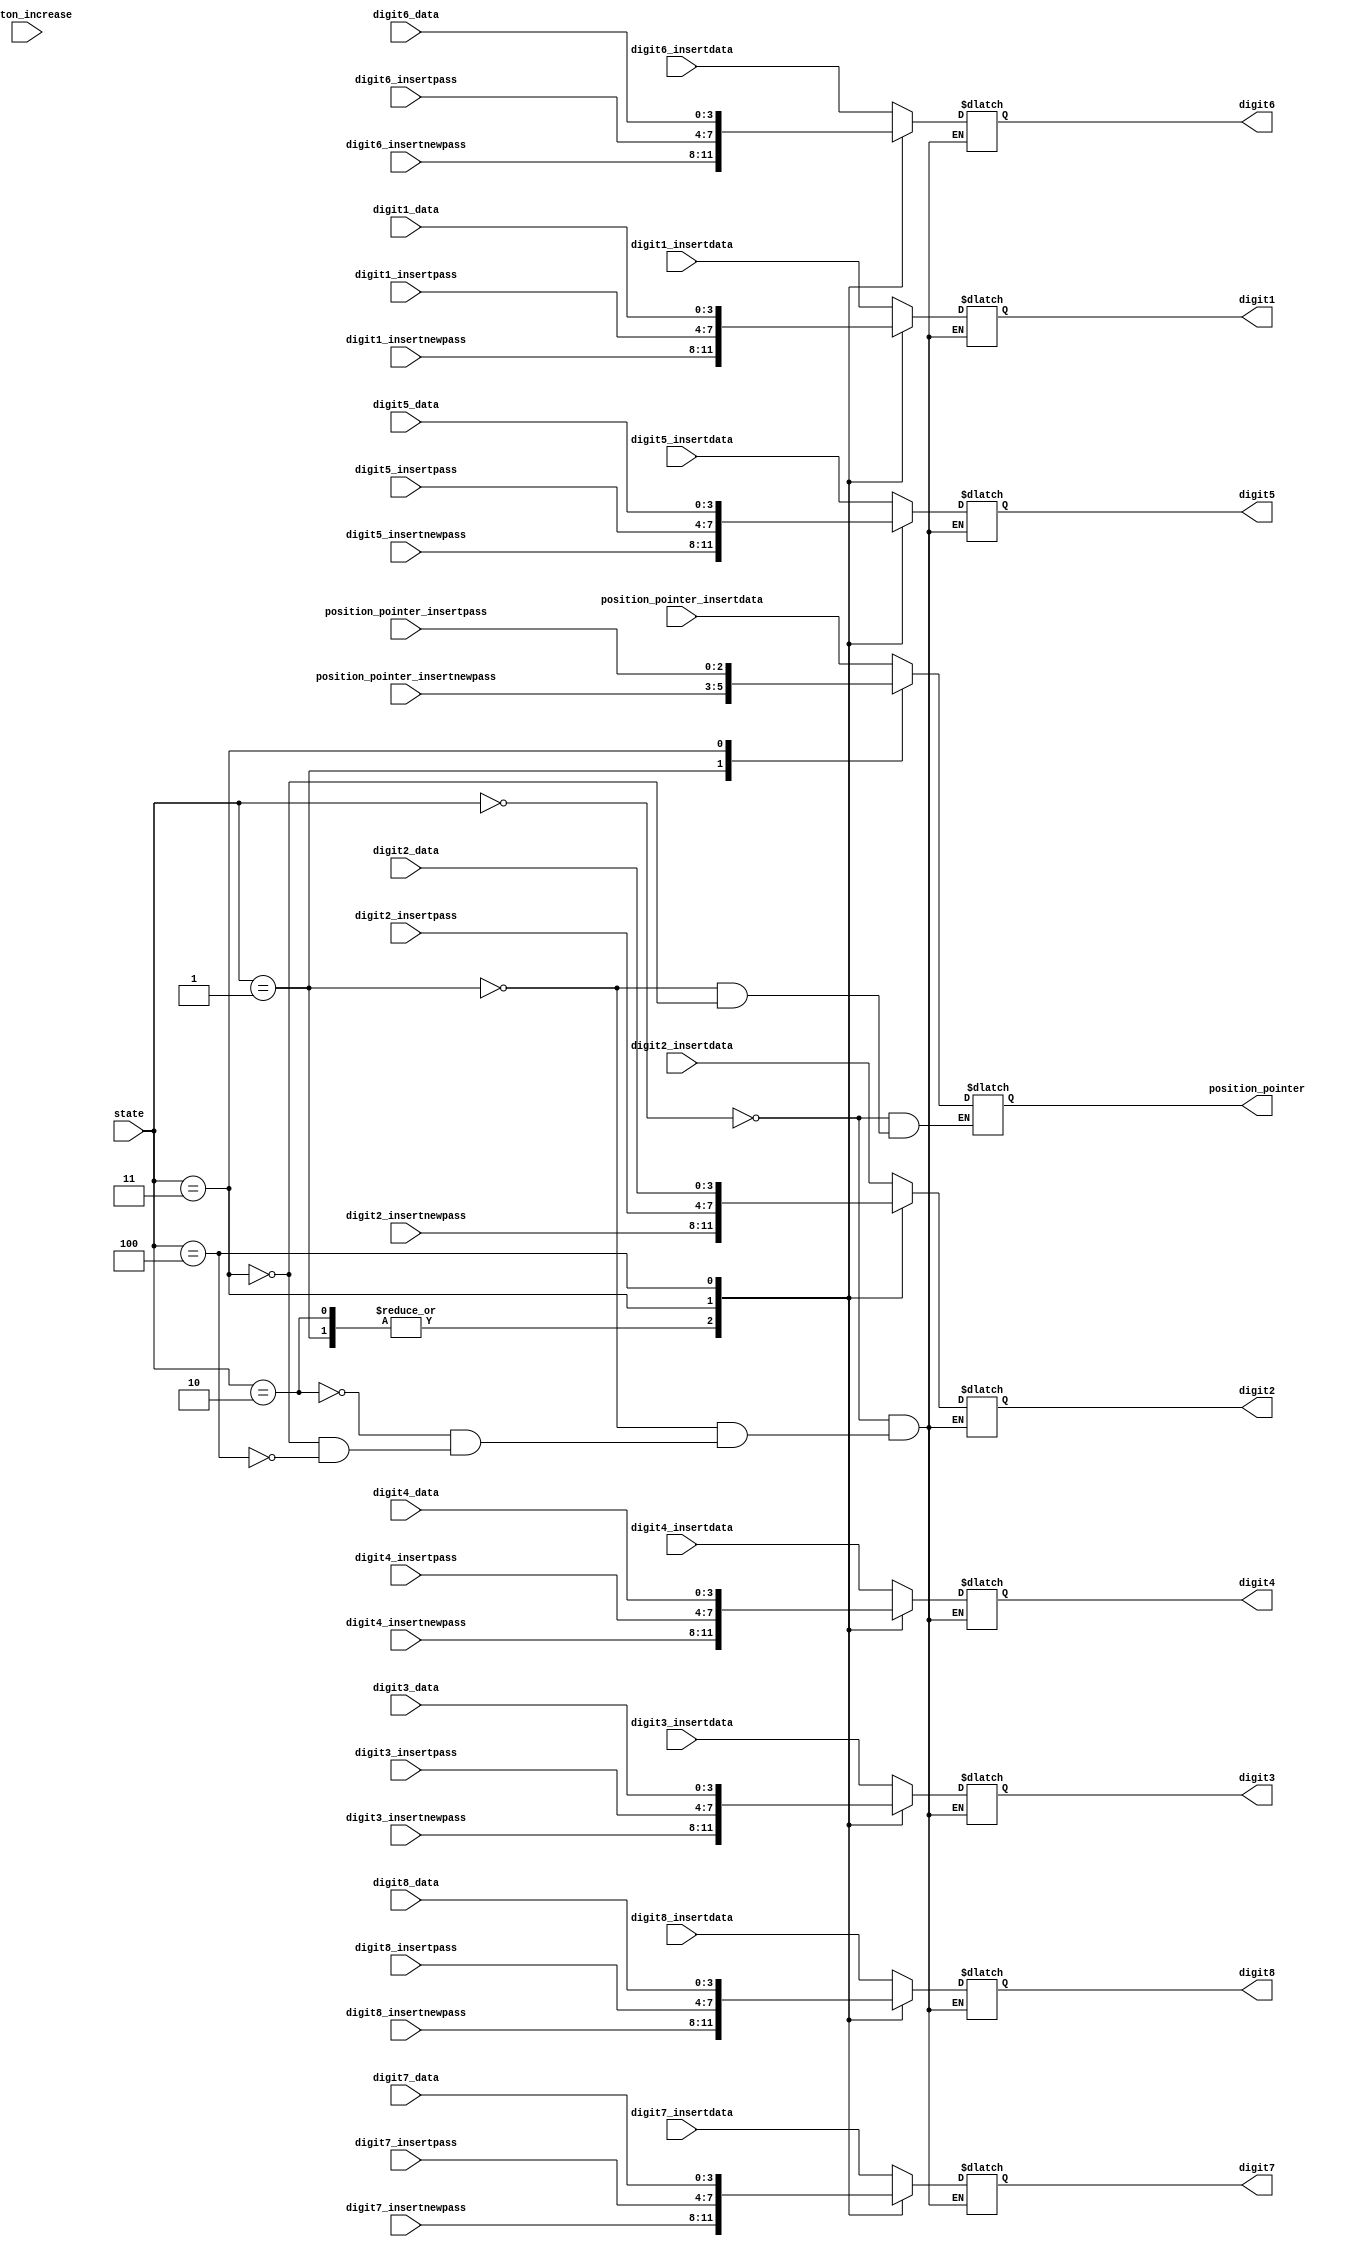
module show_manager(
input [2:0] state,
input button_increase,

input [2:0] position_pointer_insertdata,
input [3:0] digit1_insertdata,
input [3:0] digit2_insertdata,
input [3:0] digit3_insertdata,
input [3:0] digit4_insertdata,
input [3:0] digit5_insertdata,
input [3:0] digit6_insertdata,
input [3:0] digit7_insertdata,
input [3:0] digit8_insertdata,

input [2:0] position_pointer_insertnewpass,
input [3:0] digit1_insertnewpass,
input [3:0] digit2_insertnewpass,
input [3:0] digit3_insertnewpass,
input [3:0] digit4_insertnewpass,
input [3:0] digit5_insertnewpass,
input [3:0] digit6_insertnewpass,
input [3:0] digit7_insertnewpass,
input [3:0] digit8_insertnewpass,

input [2:0] position_pointer_insertpass,
input [3:0] digit1_insertpass,
input [3:0] digit2_insertpass,
input [3:0] digit3_insertpass,
input [3:0] digit4_insertpass,
input [3:0] digit5_insertpass,
input [3:0] digit6_insertpass,
input [3:0] digit7_insertpass,
input [3:0] digit8_insertpass,

input [3:0] digit1_data,
input [3:0] digit2_data,
input [3:0] digit3_data,
input [3:0] digit4_data,
input [3:0] digit5_data,
input [3:0] digit6_data,
input [3:0] digit7_data,
input [3:0] digit8_data,

output reg [2:0] position_pointer,
output reg [3:0] digit1 = 'd0,
output reg [3:0] digit2 = 'd0,
output reg [3:0] digit3 = 'd0,
output reg [3:0] digit4 = 'd0,
output reg [3:0] digit5 = 'd0,
output reg [3:0] digit6 = 'd0,
output reg [3:0] digit7 = 'd0,
output reg [3:0] digit8 = 'd0
);

always@ (state or button_increase)
begin
	case(state)
		'd0:
		begin
			position_pointer <= position_pointer_insertdata;
			digit1 <= digit1_insertdata;
			digit2 <= digit2_insertdata;
			digit3 <= digit3_insertdata;
			digit4 <= digit4_insertdata;
			digit5 <= digit5_insertdata;
			digit6 <= digit6_insertdata;
			digit7 <= digit7_insertdata;
			digit8 <= digit8_insertdata;
		end
		'd1:
		begin
			position_pointer <= position_pointer_insertnewpass;
			digit1 <= digit1_insertnewpass;
			digit2 <= digit2_insertnewpass;
			digit3 <= digit3_insertnewpass;
			digit4 <= digit4_insertnewpass;
			digit5 <= digit5_insertnewpass;
			digit6 <= digit6_insertnewpass;
			digit7 <= digit7_insertnewpass;
			digit8 <= digit8_insertnewpass;
		end
		'd2:
		begin
			digit1 <= digit1_insertnewpass;
			digit2 <= digit2_insertnewpass;
			digit3 <= digit3_insertnewpass;
			digit4 <= digit4_insertnewpass;
			digit5 <= digit5_insertnewpass;
			digit6 <= digit6_insertnewpass;
			digit7 <= digit7_insertnewpass;
			digit8 <= digit8_insertnewpass;
		end
		'd3:
		begin
			position_pointer <= position_pointer_insertpass;
			digit1 <= digit1_insertpass;
			digit2 <= digit2_insertpass;
			digit3 <= digit3_insertpass;
			digit4 <= digit4_insertpass;
			digit5 <= digit5_insertpass;
			digit6 <= digit6_insertpass;
			digit7 <= digit7_insertpass;
			digit8 <= digit8_insertpass;
		end
		'd4:
		begin
			digit1 <= digit1_data;
			digit2 <= digit2_data;
			digit3 <= digit3_data;
			digit4 <= digit4_data;
			digit5 <= digit5_data;
			digit6 <= digit6_data;
			digit7 <= digit7_data;
			digit8 <= digit8_data;
		end
	endcase
end

endmodule